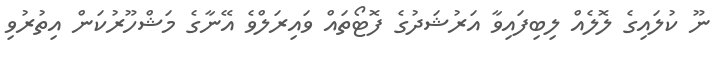
ނޫ ކުލައިގެ ލޮލެއް ލިބިފައިވާ އަރުޝަދުގެ ފޮޓޯތައް ވައިރަލްވެ އޭނާގެ މަޝްހޫރުކަން އިތުރުވި